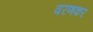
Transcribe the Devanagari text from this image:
वरणकर